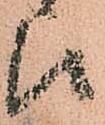
候